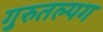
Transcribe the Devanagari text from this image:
गुरुतल्पग